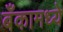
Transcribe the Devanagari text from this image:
बँकामध्ये